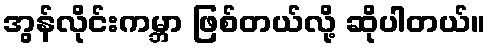
အွန်လိုင်းကမ္ဘာ ဖြစ်တယ်လို့ ဆိုပါတယ်။